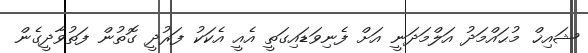
ޝައިޚް މުޙައްމަދު އަލްމަދަނީ އަށް ފެނިވަޑައިގަތީ އެއީ އެކަކު ފަރުދީ ގޮތުން ފަތުވާދީގެން